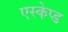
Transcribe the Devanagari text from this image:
एस्केप्ड